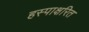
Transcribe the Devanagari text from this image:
हस्पाक्षरित